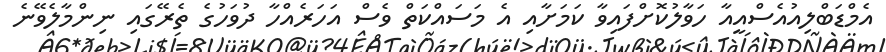
އެމްޑަބްލިއުއެސްއީއާ ހަވާލުކޮށްފައިވާ ކަމަށާއި އެ މަސައްކަތް ވެސް އަހަރެއްހާ ދުވަހުގެ ތެރޭގައި ނިންމާލެވޭނެ